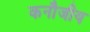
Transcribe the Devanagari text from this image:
कनौजीय